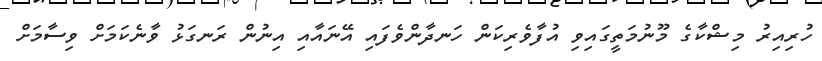
ހުރިއިރު މިޝްކާގެ މޫނުމަތީގައިވި އުފާވެރިކަން ހަނދާންވެފައި އޭނައާއި އިނުން ރަނގަޅު ވާނެކަމަށް ވިސާމަށް